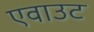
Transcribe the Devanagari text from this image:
एवाउट